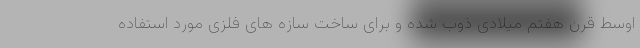
اوسط قرن هفتم میلادی ذوب شده و برای ساخت سازه های فلزی مورد استفاده